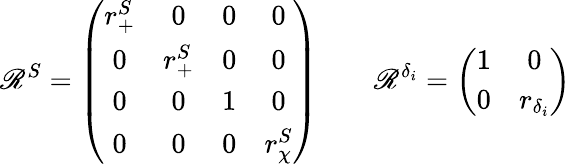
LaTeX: \mathscr{R}^{S}=\left(\begin{array}{cccc}{{r_{+}^{S}}}&{{0}}&{{0}}&{{0}}\\ {{0}}&{{r_{+}^{S}}}&{{0}}&{{0}}\\ {{0}}&{{0}}&{{1}}&{{0}}\\ {{0}}&{{0}}&{{0}}&{{r_{\chi}^{S}}}\end{array}\right)\qquad\mathscr{R}^{\delta_{i}}=\left(\begin{array}{cc}{{1}}&{{0}}\\ {{0}}&{{r_{\delta_{i}}}}\end{array}\right)